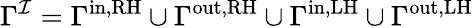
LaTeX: \Gamma^{\mathcal{I}}=\Gamma^{\mathrm{in,RH}}\cup\Gamma^{\mathrm{out,RH}}\cup\Gamma^{\mathrm{in,LH}}\cup\Gamma^{\mathrm{out,LH}}